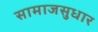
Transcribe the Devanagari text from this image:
सामाजसुधार